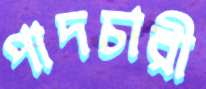
পাদচারী